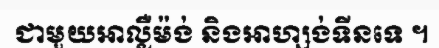
ជាមួយអាល្លឺម៉ង់ និងអាហ្សង់ទីនទេ ។